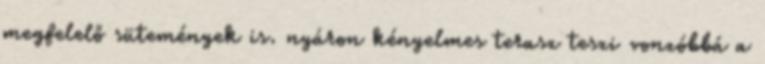
megfelelő sütemények is. nyáron kényelmes terasz teszi vonzóbbá a